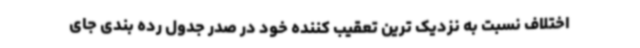
اختلاف نسبت به نزدیک ترین تعقیب کننده خود در صدر جدول رده بندی جای